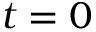
t = 0